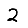
Digit: 2